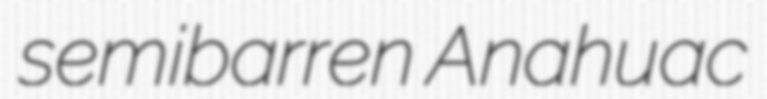
semibarren Anahuac